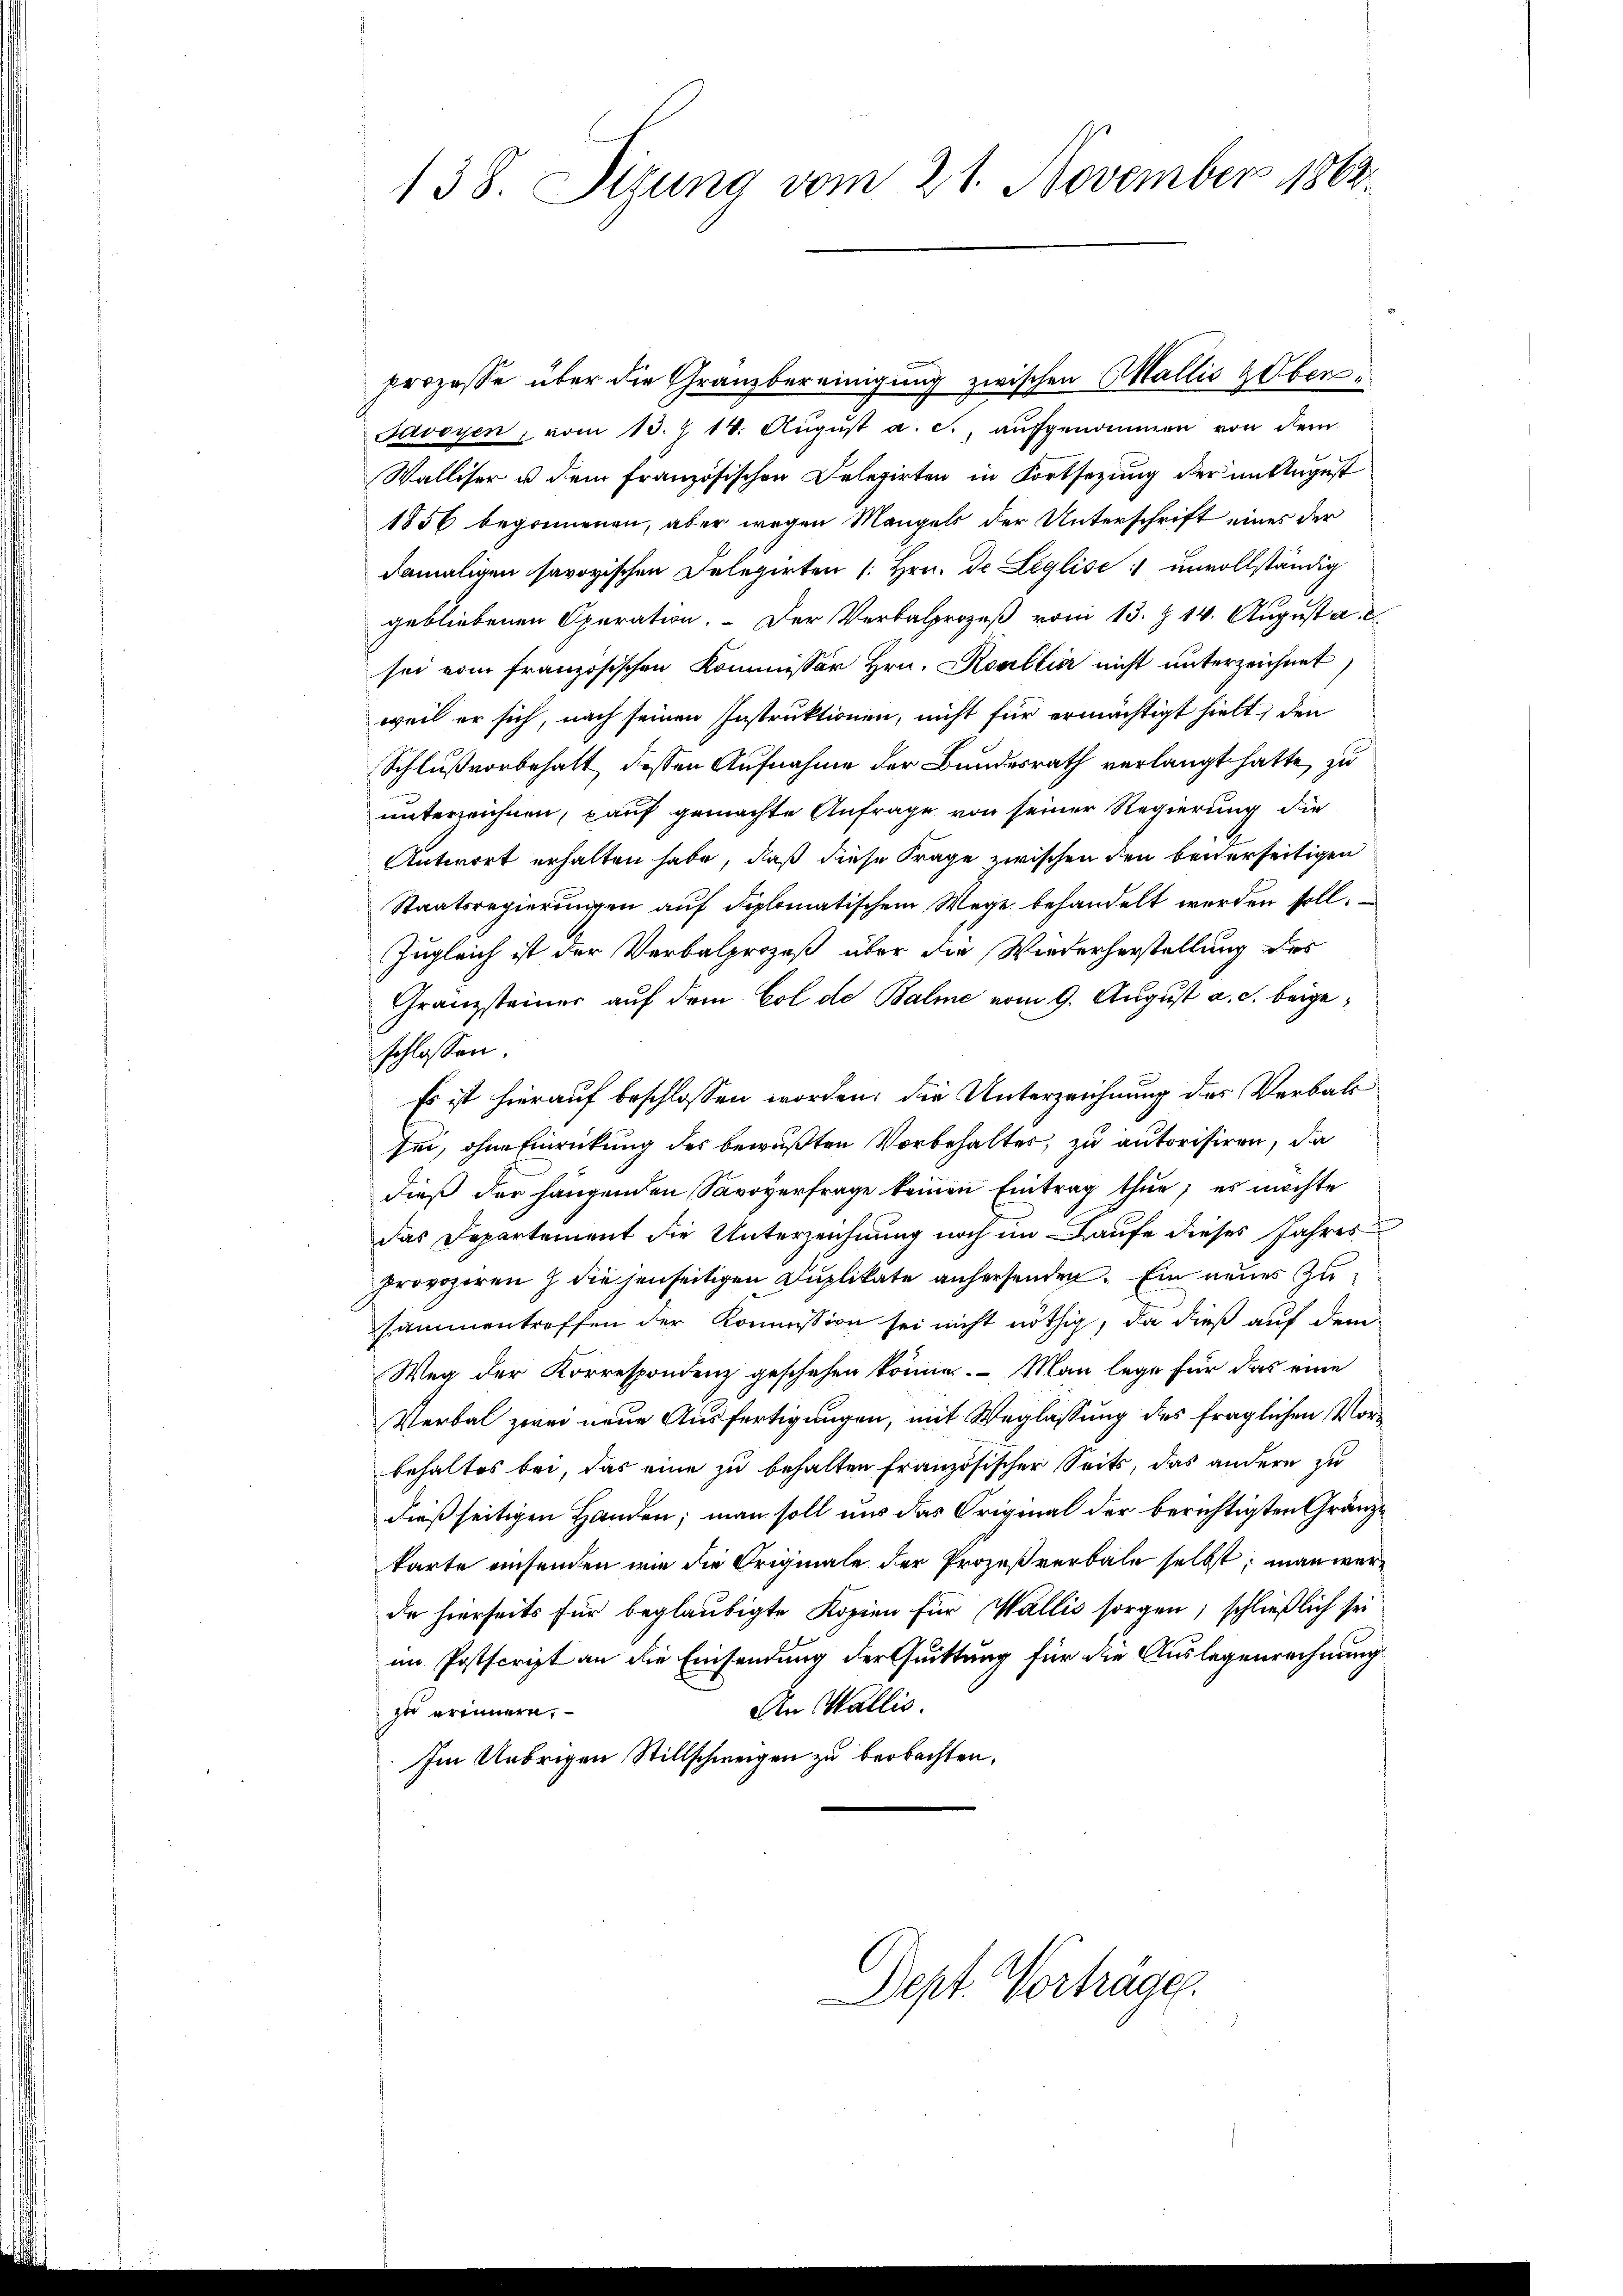
138. Sizung vom 21. November 1863.

prozesse über die Granzbereinigung zwischen Wallis Ober¬
Savoyen, vom 13. J 14. Aŭgŭst a. c., aŭfgenommen von dem
Walliser u dem französischen Delegirten in Fortsetzung der in August
1856 begonnenen, aber wegen Mangels der Unterschrift eines der
damaligen savoyischen Delegirten 1. Hrn. Dr Leglise unvollständig
gebliebenen Operation.  Der Verbalprozeß vom 13. Z. 14. August a. c.
sei vom französischen Kommissär Hrn. Koullier nicht unterzeichnet
weil er sich, nach seinen Instruktionen, nicht für ermächtigt hielt, den
Schluß vorbehalt dessen Aufnahme der Bundesrath verlangt hatte, zu
unterreichnen, kauf gemachte Anfrage von seiner Regierung die
Antwort erhalten habe, daß diese Frage zwischen den beiderseitigen
Staatsregierungen auf diplomatischem Wege behandelt werden soll.
Zugleich ist der Verbalprozeß über die Wiederherstellung des
Granzsteiner auf dem Col de Balme vom 9. August a. c. beigeschlossen:
Es ist hierauf beschlossen worden, die Unterzeichnung des Verbal
sei, ohne Einrückung des bewußten Vorbehaltes, zu autorisiren, da
dieß der hängenden Savoyerfrage keinen Eintrag thue; es möchte
das Departement die Unterzeichnung noch im Laufe dieses Jahres
Provoziren  die jenseitigen Duplikate anhersenden. Ein neuer Zusammentreffen der Kommission sei nicht nöthig, da dieß auf dem
Weg der Korrespondenz geschehen könne. Man lege für das eine
Verbal zwei neue Ausfertigungen, mit Weglassung des fraglichen Vorbehaltes bei, das eine zu behalten französischer Seits, das andern zu
dießseitigen Handen; man soll uns das Original der berichtigten Gränzkarte einsenden wie die Originale der Prozeßverbale selbst, man werde hierseits für beglaubigte Kopien für Wallis sorgen; schließlich sei
im Postscript an die Einsendung der Guittung für die Auslegenrechnung
An Wallis.
zu erinnern,
Im Uebrigen Stillschweigen zu beobachten,

Dept. Vorträge.